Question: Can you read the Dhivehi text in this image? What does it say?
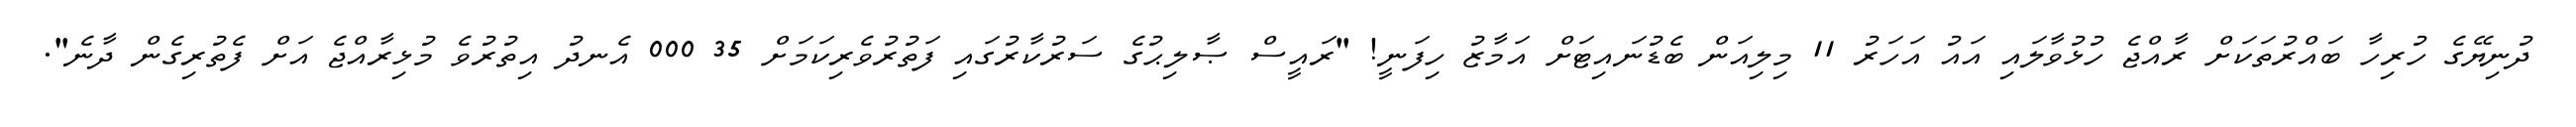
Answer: ދުނިޔޭގެ ހުރިހާ ބައްރުތަކަށް ރާއްޖެ ހުޅުވާލައި އައު އަހަރު 11 މިލިއަން ބެޑުނައިޓަށް އަމާޒު ހިފަނީ! "ރައީސް ޞާލިޙުގެ ސަރުކާރުގައި ފަތުރުވެރިކަމަށް 35 000 އެނދު އިތުރުވެ މުޅިރާއްޖެ އަށް ފެތުރިގެން ދާނެ".